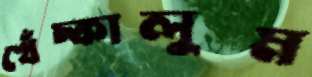
খেঁচ্‌কালুম